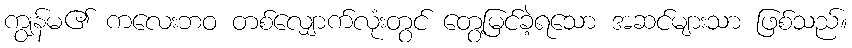
ကျွန်မ၏ ကလေးဘဝ တစ်လျှောက်လုံးတွင် တွေ့မြင်ခဲ့ရသော အဆင်များသာ ဖြစ်သည်။